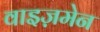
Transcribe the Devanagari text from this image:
वाइज़मेन